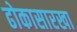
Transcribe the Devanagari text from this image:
ढोकासारखा